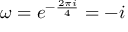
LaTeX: \omega = e ^ { - { \frac { 2 \pi i } { 4 } } } = - i